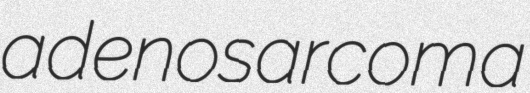
adenosarcoma